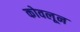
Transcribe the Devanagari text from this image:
कोवलून